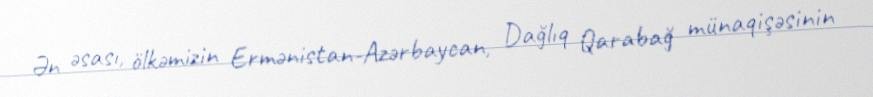
Ən əsası, ölkəmizin Ermənistan-Azərbaycan, Dağlıq Qarabağ münaqişəsinin